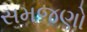
સમજણો